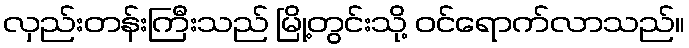
လှည်းတန်းကြီးသည် မြို့တွင်းသို့ ဝင်ရောက်လာသည်။